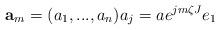
LaTeX: \begin{align*}\mathbf{a}_{m}=(a_{1},...,a_{n})a_{j}=ae^{jm\zeta J}e_{1}\end{align*}